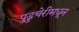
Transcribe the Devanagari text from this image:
पुडुचेरीमधून